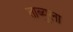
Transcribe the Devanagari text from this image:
ताब्युला